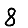
Digit: 8